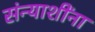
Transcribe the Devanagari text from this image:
संन्याशींना